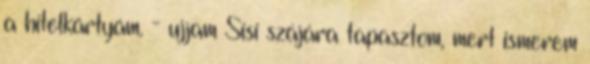
a hitelkártyám. - ujjam Sisi szájára tapasztom, mert ismerem